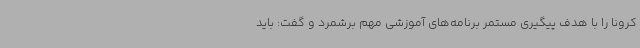
کرونا را با هدف پیگیری مستمر برنامه‌های آموزشی مهم برشمرد و گفت: باید